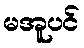
မအူပင်